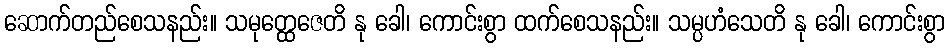
ဆောက်တည်စေသနည်း။ သမုတ္ထေဇေတိ နု ခေါ၊ ကောင်းစွာ ထက်စေသနည်း။ သမ္ပဟံသေတိ နု ခေါ၊ ကောင်းစွာ